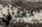
معدني